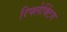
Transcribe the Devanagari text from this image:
रिफ्लेक्टिंग